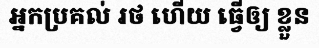
អ្នកប្រគល់ រថ ហើយ ធ្វើឲ្យ ខ្លួន